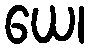
ယေ၊